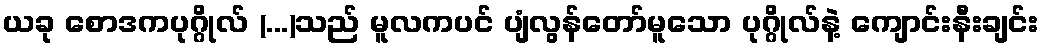
ယခု စောဒကပုဂ္ဂိုလ် (...)သည် မူလကပင် ပျံလွန်တော်မူသော ပုဂ္ဂိုလ်နဲ့ ကျောင်းနီးချင်း